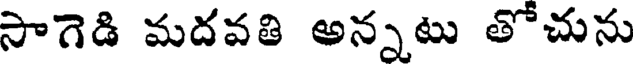
సాగెడి మదవతి అన్నటు తోచును